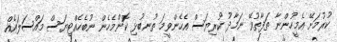
ކުރުމަށޭ އެމީހުންނާ ތަފާތުވޭ ނަމާދު ކުރިޔަސް އެހެންވީމަ ތުނބުޅި ކޮންމެހެން ނުބެހެއްޓިޔަސް މައްސަލައެއް